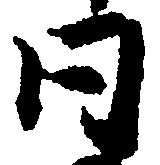
同